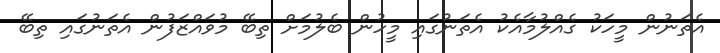
އެތަނުން މީހަކު ގެއްލުމާއެކު އެތަނުގައި މީހުން ބެލުމަށް ތިބޭ މުވައްޒަފުން އެތަނުގައި ތިބޭ